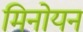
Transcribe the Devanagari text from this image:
मिनोयन